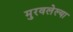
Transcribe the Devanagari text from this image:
मुरवलेल्या